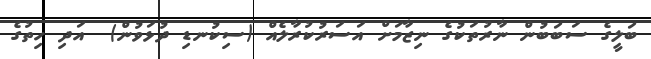
ބަލީގެ ސަބަބުން ނާރުތަކުގެ ނިޒާމަށް އަސަރުކުރާލެއް (ސިކުނޑި ދުޅަވުން)  އަދި ހިތުގެ